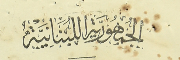
الجمهورية اللبنانية